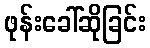
ဖုန်းခေါ်ဆိုခြင်း